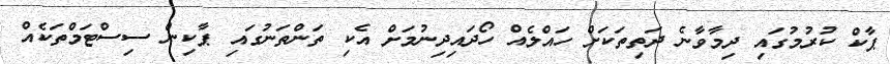
ޕާކް ކުރުމުގައި ދިމާވާނެ ދަތިތަކަށް ހައްލެއް ހޯދައިދިނުމަށް އެކި ތަންތަނުގައި ޕާކިން ސިސްޓަމްތަކެއް